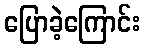
ပြောခဲ့ကြောင်း